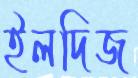
ইলদিজ